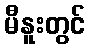
မီနူးတွင်